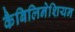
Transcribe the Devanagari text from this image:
कैबिलिनेशियन